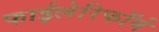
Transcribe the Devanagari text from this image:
फाईलेरिफॉर्म